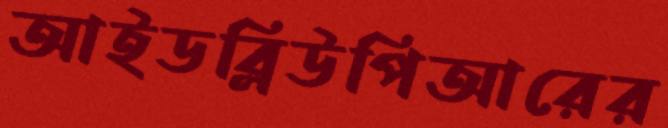
আইডব্লিউপিআরের